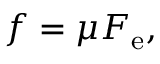
f = \mu F _ { \mathrm { e } } ,